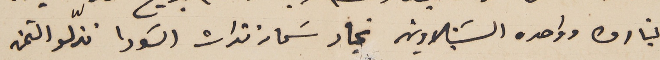
لتيارن وواحده الشبنلاوين تجار سَماد نترات السًودا نزّلو الثمن